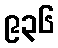
၉၃၆